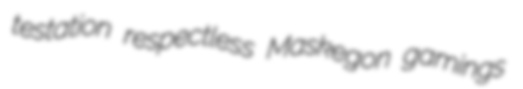
testation respectless Maskegon gamings